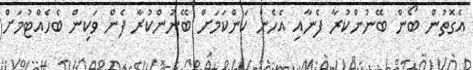
އެގޮތުން ބޯން ބޭނުންކުރާ ފެނާއި އެހެން ކަންކަމަށް ބޭނުންކުރާ ފެން ވަކިން ބެހެއްޓުމަށް